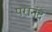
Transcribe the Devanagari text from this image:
परानंद